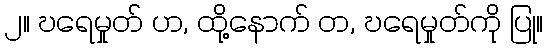
၂။ ဎရေမှုတ် ဟ, ထို့နောက် တ, ဎရေမှုတ်ကို ပြု။